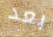
بعد